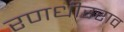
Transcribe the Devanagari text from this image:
रणधीरराव